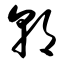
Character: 朝